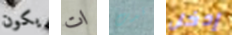
يكون ات قدت إدخل